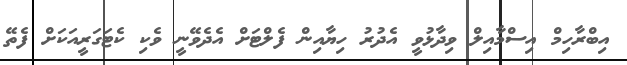
އިބްރާހިމް އިސްމާއިލް ވިދާޅުވީ އެދުރު ހިޔާއިން ފެލްޓަށް އެދެވޭނީ ވެކި ކެޓަގަރީއަކަށް ފެތޭ